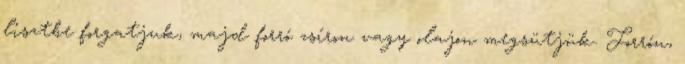
lisztbe forgatjuk, majd forró zsíron vagy olajon megsütjük. Forrón,